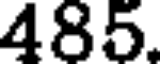
485.